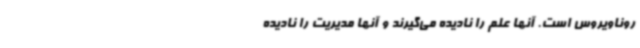
روناویروس است. آنها علم را نادیده می‌گیرند و آنها مدیریت را نادیده